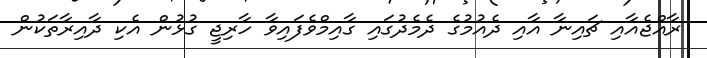
ރާއްޖެއާއި ޗައިނާ އާއި ދެއުމުގެ ދެމެދުގައި ގާއިމްވެފައިވާ ހާރިޖީ ގުޅުން އެކި ދާއިރާތަކުން